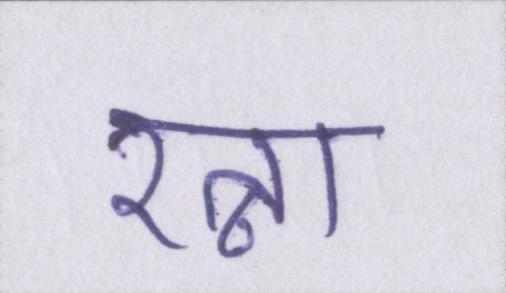
रत्ना